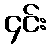
၄င်း